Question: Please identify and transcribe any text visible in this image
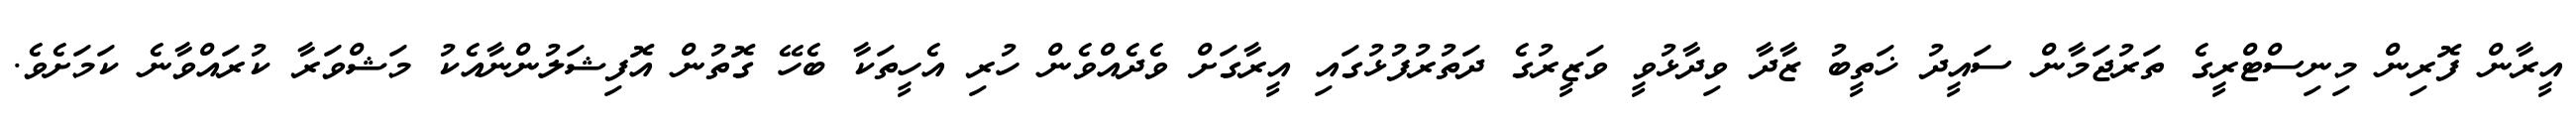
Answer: އީރާން ފޮރިން މިނިސްޓްރީގެ ތަރުޖަމާން ސައީދު ޚަތީބު ޒާދާ ވިދާޅުވީ ވަޒީރުގެ ދަތުރުފުޅުގައި އީރާގަށް ވެދެއްވެން ހުރި އެހީތަކާ ބެހޭ ގޮތުން އޮފިޝަލުންނާއެކު މަޝްވަރާ ކުރައްވާނެ ކަމަށެވެ.